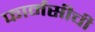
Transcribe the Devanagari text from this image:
फार्मसीची